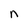
Character: n